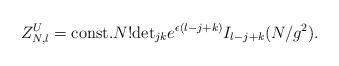
LaTeX: \begin{align*}Z_{N,l}^{U}={\rm const.}N!{\rm det}_{jk}e^{\epsilon(l-j+k)}I_{l-j+k}(N/g^{2}).\end{align*}